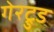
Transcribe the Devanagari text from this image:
गेरट्रुड